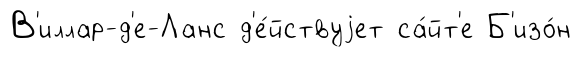
В'иллар-д'е-Ланс д'е́йствуjет са́йт'е Б'изо́н